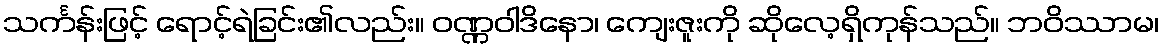
သင်္ကန်းဖြင့် ရောင့်ရဲခြင်း၏လည်း။ ဝဏ္ဏဝါဒိနော၊ ကျေးဇူးကို ဆိုလေ့ရှိကုန်သည်။ ဘဝိဿာမ၊